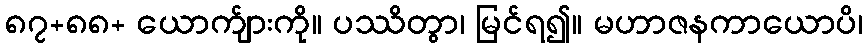
၈၇+၈၈+ ယောက်ျားကို။ ပဿိတွာ၊ မြင်ရ၍။ မဟာဇနကာယောပိ၊